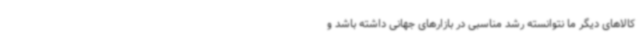
کالاهای دیگر ما نتوانسته رشد مناسبی در بازارهای جهانی داشته باشد و